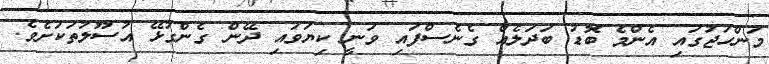
މަންހަޖުގައި އެންމެ ބޮޑު ބަދަލެއް ގެނެސްފައި ވަނީ ކިޔަވައި ދޭން ގެންގުޅޭ އުސޫލުތަކަށެވެ.